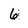
Character: 6